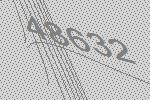
48632